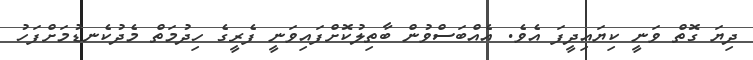
ދިޔަ ގޮތް ވަނީ ކިޔައިދީފަ އެވެ. އެއްބަސްވުން ބާތިލުކޮށްފައިވަނީ ފެރީގެ ހިދުމަތް މެދުކެނޑުމަށްފަހު